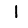
Digit: 1